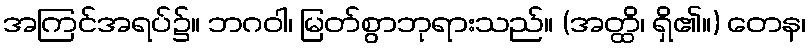
အကြင်အရပ်၌။ ဘဂဝါ၊ မြတ်စွာဘုရားသည်။ (အတ္ထိ၊ ရှိ၏။) တေန၊